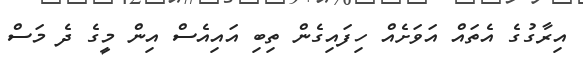
އިރާގުގެ އެތައް އަވަށެއް ހިފައިގެން ތިބި އައިއެސް އިން މީގެ ދެ މަސް